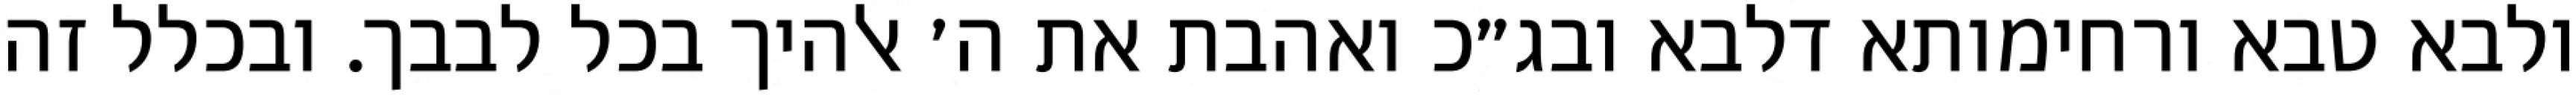
ולבא טבא ורחימותא דלבא ובג״כ ואהבת את ה׳ אלהיך בכל לבבך. ובכלל זה